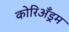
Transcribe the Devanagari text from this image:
कोरिअँड्रम